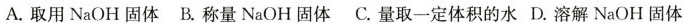
A.取用 NaOH 固体 B.称量 NaOH 固体 C.量取一定体积的水 D.溶解 NaOH 固体